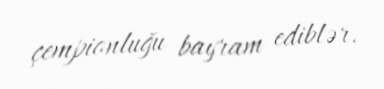
çempionluğu bayram ediblər.